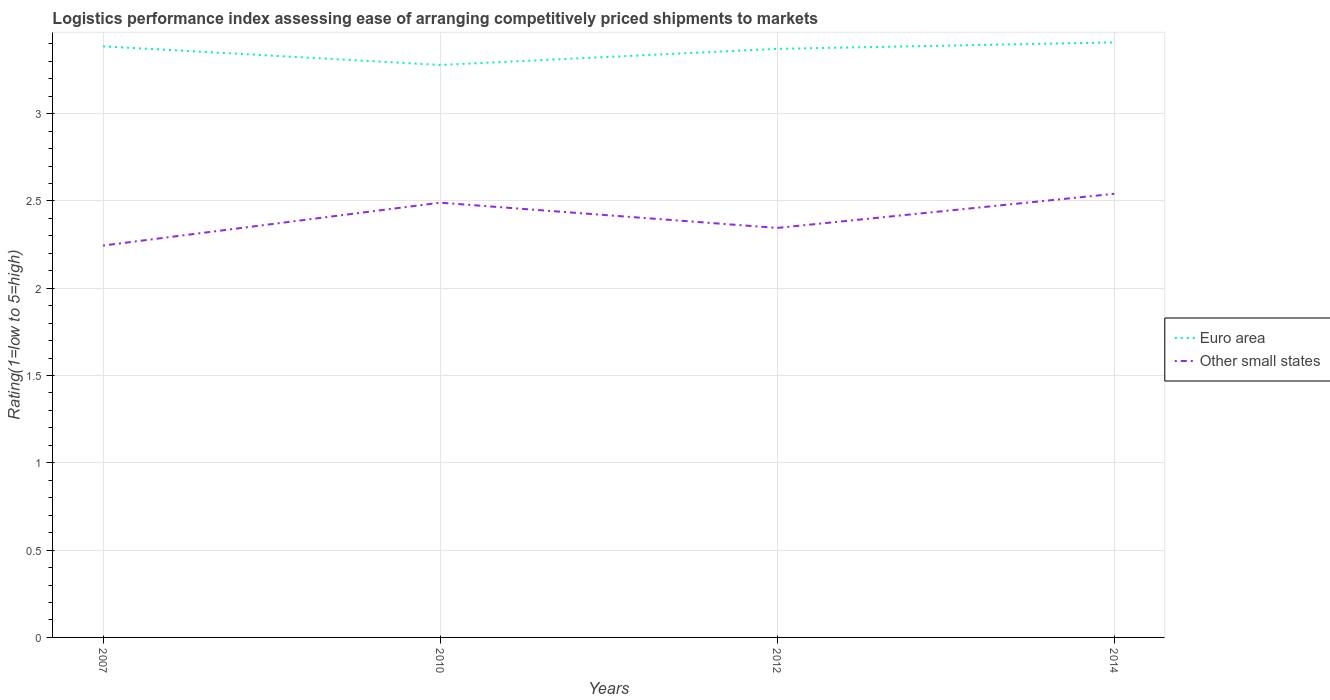
| Years | Euro area | Other small states |
 | --- | --- | --- |
 | 2007 | 3.39 | 2.24 |
 | 2010 | 3.28 | 2.49 |
 | 2012 | 3.37 | 2.35 |
 | 2014 | 3.41 | 2.54 |